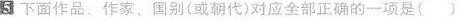
5 下面作品、作家，国别（或朝代）对应全部正确的一项是()